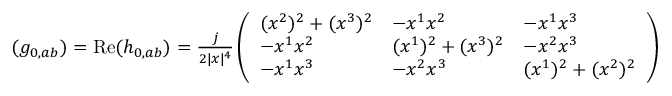
\begin{array} { r } { ( g _ { 0 , a b } ) = \operatorname { R e } ( h _ { 0 , a b } ) = \frac { j } { 2 \vert x \vert ^ { 4 } } \left( \begin{array} { l l l } { ( x ^ { 2 } ) ^ { 2 } + ( x ^ { 3 } ) ^ { 2 } } & { - x ^ { 1 } x ^ { 2 } } & { - x ^ { 1 } x ^ { 3 } } \\ { - x ^ { 1 } x ^ { 2 } } & { ( x ^ { 1 } ) ^ { 2 } + ( x ^ { 3 } ) ^ { 2 } } & { - x ^ { 2 } x ^ { 3 } } \\ { - x ^ { 1 } x ^ { 3 } } & { - x ^ { 2 } x ^ { 3 } } & { ( x ^ { 1 } ) ^ { 2 } + ( x ^ { 2 } ) ^ { 2 } } \end{array} \right) } \end{array}